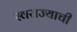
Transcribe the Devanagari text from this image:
स्‍वराज्याची